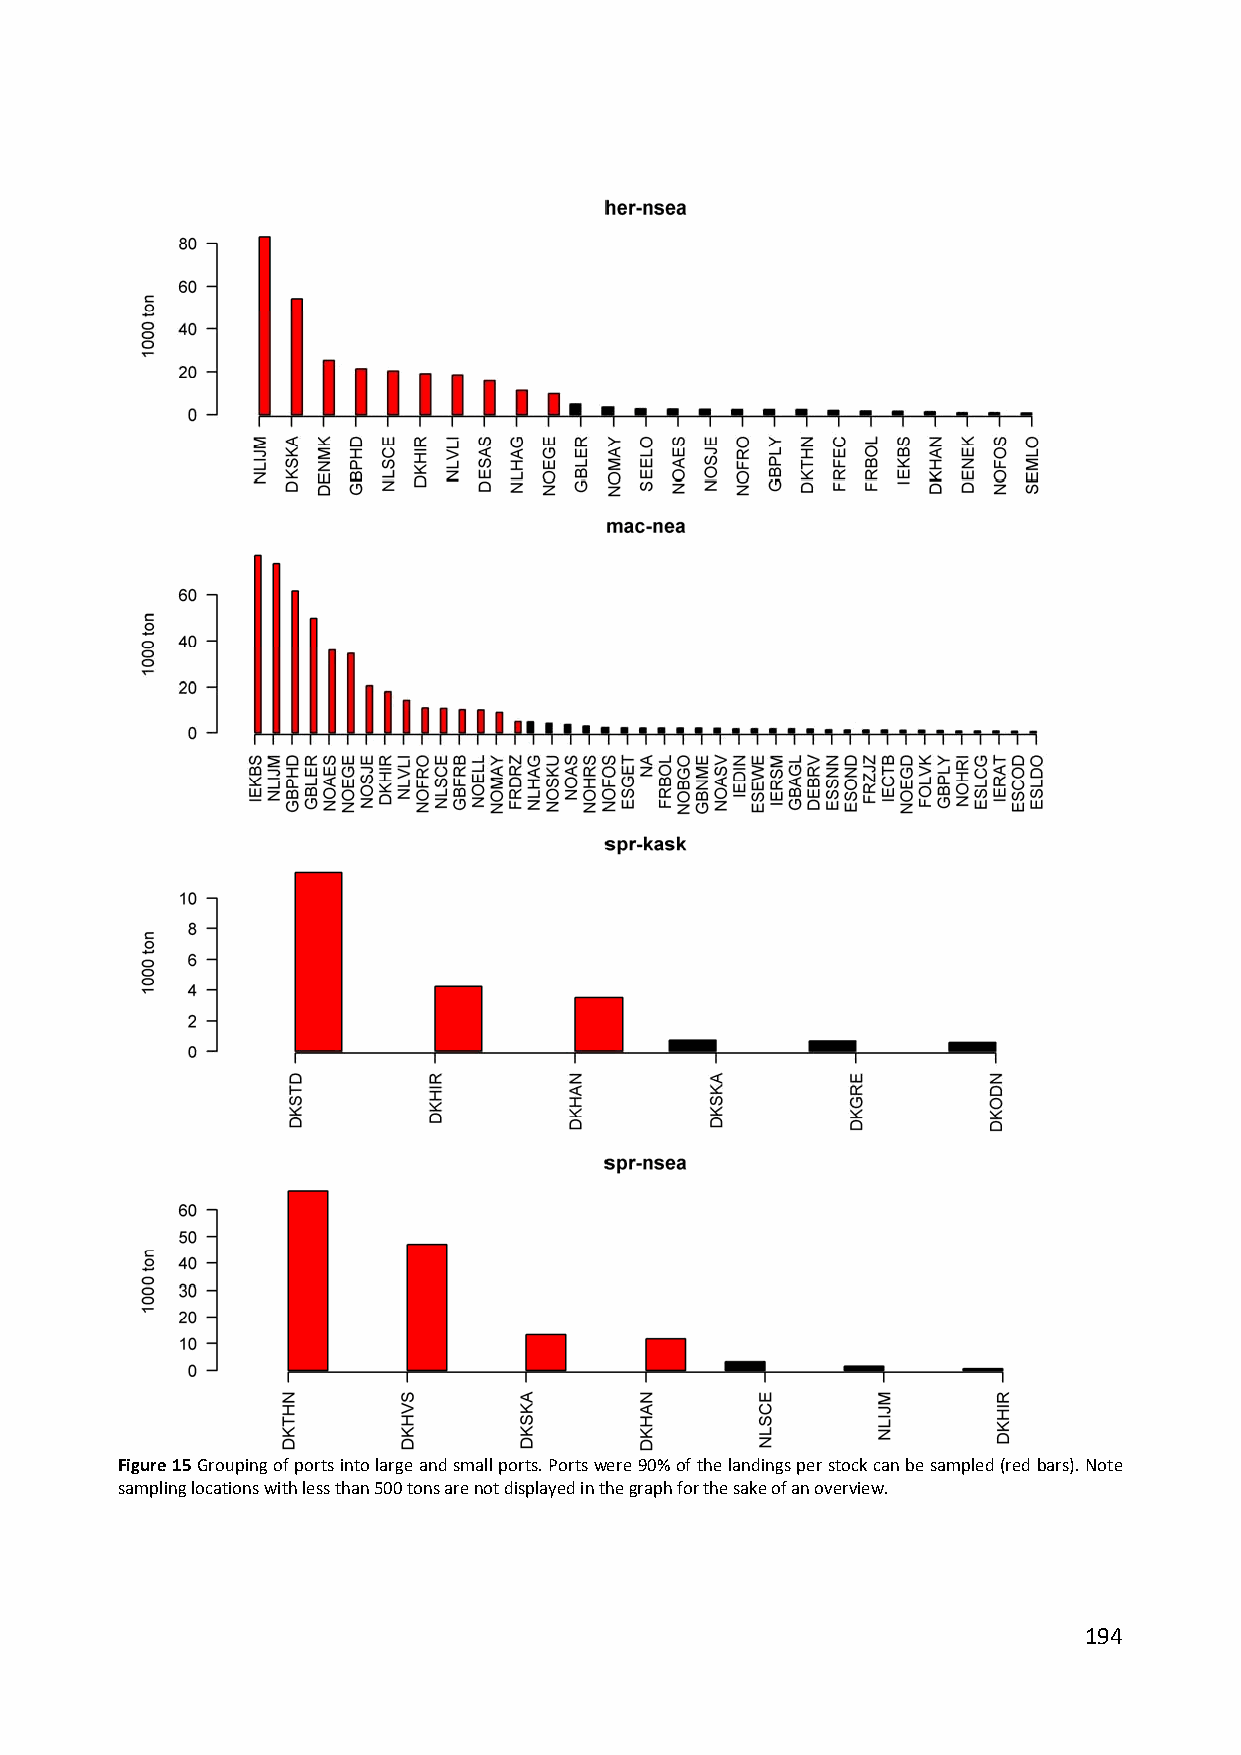
Figure 15 Grouping of ports into large and small ports. Ports were 90% of the landings per stock can be sampled (red bars). Note
 sampling locations with less than 500 tons are not displayed in the graph for the sake of an overview.
 194